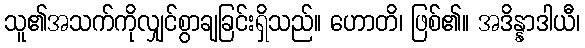
သူ၏အသက်ကိုလျှင်စွာချခြင်းရှိသည်။ ဟောတိ၊ ဖြစ်၏။ အဒိန္နာဒါယီ၊